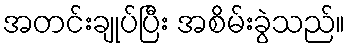
အတင်းချုပ်ပြီး အစိမ်းခွဲသည်။